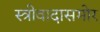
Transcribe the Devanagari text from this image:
स्त्रीवादासमोर